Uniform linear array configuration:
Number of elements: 64
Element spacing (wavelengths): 0.25
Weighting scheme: blackman
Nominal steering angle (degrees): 45
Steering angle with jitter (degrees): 43.76
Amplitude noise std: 0.05
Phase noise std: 0.05

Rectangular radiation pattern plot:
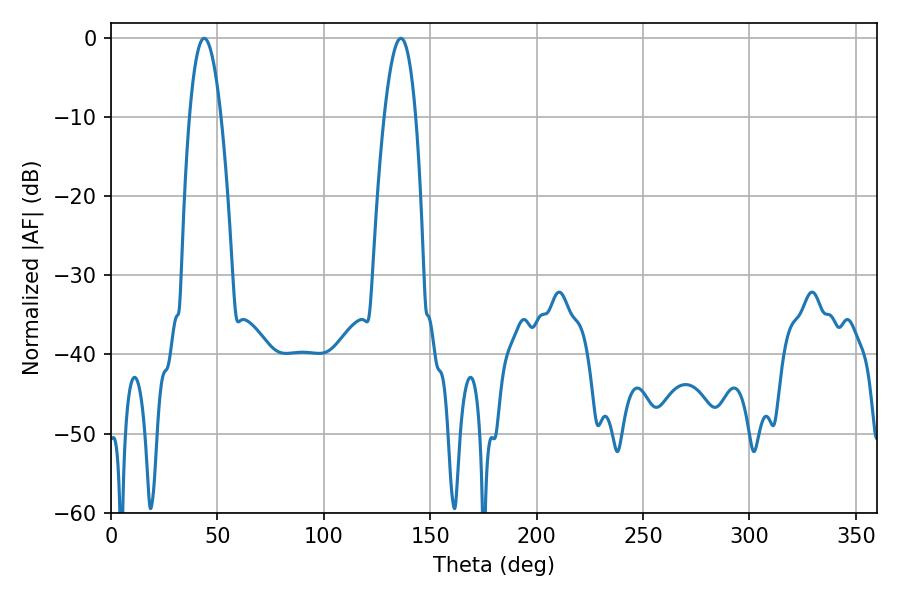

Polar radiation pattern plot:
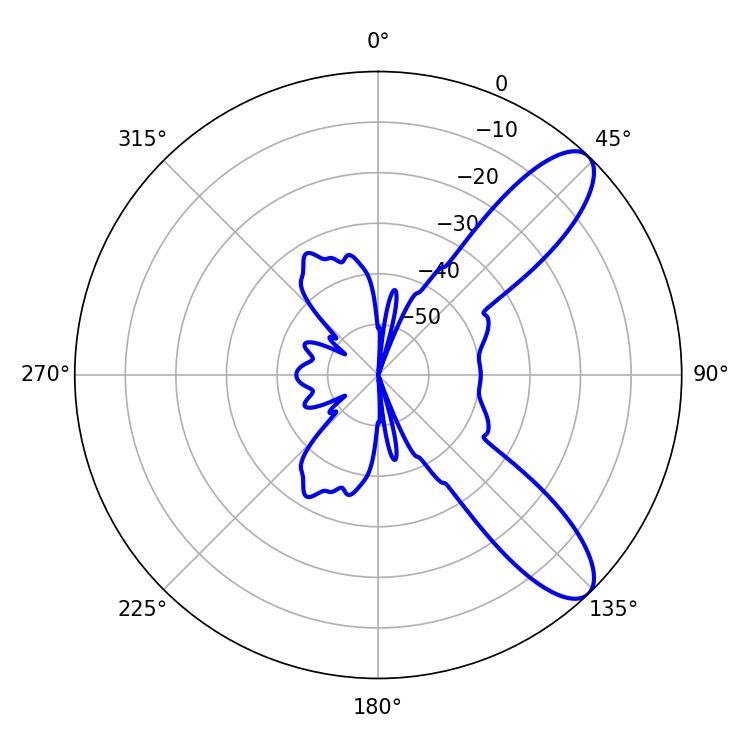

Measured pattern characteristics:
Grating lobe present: FALSE
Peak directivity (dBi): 9.734
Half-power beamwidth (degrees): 8.28
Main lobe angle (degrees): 43.74